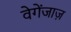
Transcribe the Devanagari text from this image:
वेगेंजाज़